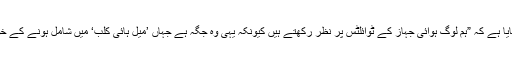
میل آن لائن کے مطابق سڈنی کی رہائشی اس ایئرہوسٹس نے بتایا ہے کہ ”ہم لوگ ہوائی جہاز کے ٹوائلٹس پر نظر رکھتے ہیں کیونکہ یہی وہ جگہ ہے جہاں ’میل ہائی کلب‘ میں شامل ہونے کے خواہش مند جوڑے اکٹھے ہوتے ہیں اور شرمناک کام کرتے ہیں۔